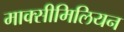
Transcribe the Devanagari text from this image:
माक्सीमिलियन